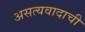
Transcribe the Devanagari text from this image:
असत्यवादाची